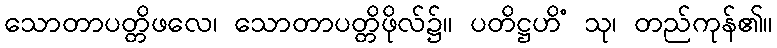
သောတာပတ္တိဖလေ၊ သောတာပတ္တိဖိုလ်၌။ ပတိဋ္ဌဟိံ သု၊ တည်ကုန်၏။